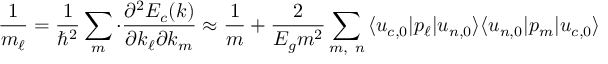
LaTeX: { \frac { 1 } { { m } _ { \ell } } } = { \frac { 1 } { \hbar ^ { 2 } } } \sum _ { m } \cdot { \frac { \partial ^ { 2 } E _ { c } ( { \boldsymbol { k } } ) } { \partial k _ { \ell } \partial k _ { m } } } \approx { \frac { 1 } { m } } + { \frac { 2 } { E _ { g } m ^ { 2 } } } \sum _ { m , \ n } { \langle u _ { c , 0 } | p _ { \ell } | u _ { n , 0 } \rangle } { \langle u _ { n , 0 } | p _ { m } | u _ { c , 0 } \rangle }